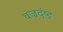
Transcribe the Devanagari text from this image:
वज्रदंष्ट्र